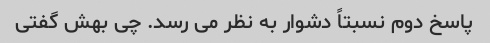
پاسخ دوم نسبتاً دشوار به نظر می رسد. چی بهش گفتی